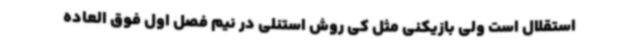
استقلال است ولی بازیکنی مثل کی روش استنلی در نیم فصل اول فوق العاده